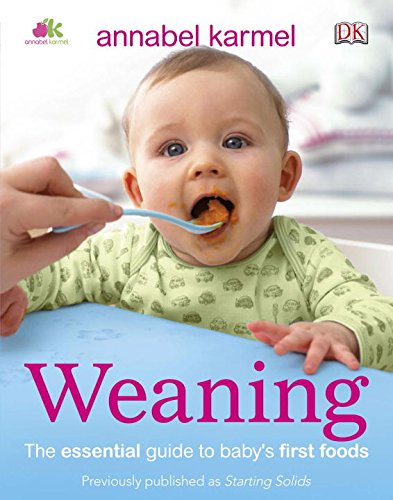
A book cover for Weaning; Annabel Karmel; Cookbooks, Food & Wine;